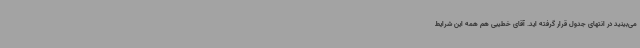
می‌بینید در انتهای جدول قرار گرفته اید. آقای خطیبی هم همه این شرایط